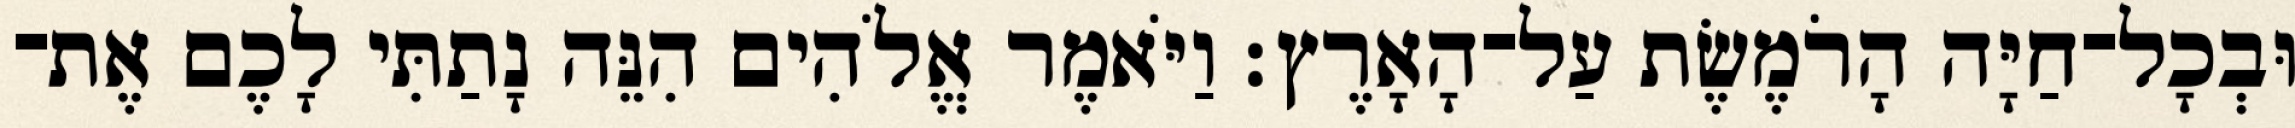
וּבְכָל־חַיָּה הָרֹמֶשֶׂת עַל־הָאָרֶץ׃ וַיֹּאמֶר אֱלֹהִים הִנֵּה נָתַתִּי לָכֶם אֶת־